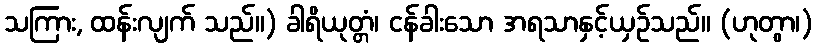
သကြား, ထန်းလျက် သည်။) ခါရိယုတ္တံ၊ ငန်ခါးသော အရသာနှင့်ယှဉ်သည်။ (ဟုတွာ၊)